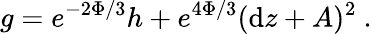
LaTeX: g=e^{-2\Phi/3}h+e^{4\Phi/3}(\mathrm{d}z+A)^{2}~.